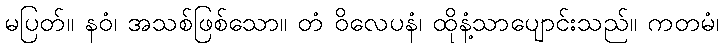
မပြတ်။ နဝံ၊ အသစ်ဖြစ်သော။ တံ ဝိလေပနံ၊ ထိုနံ့သာပျောင်းသည်။ ကတမံ၊